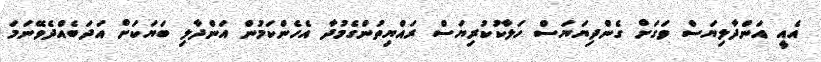
އެއީ އަންދާލިޔަސް ވަގަށް ގެންދިޔަޔަސް ހަލާކުކުރިޔަސް ރައްޔިތުންގެމުދާ އެހެންކަމުން އަންދާލި ބަޔަކަށް އަދަބެއްދެވޭނަމަ